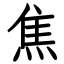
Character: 焦